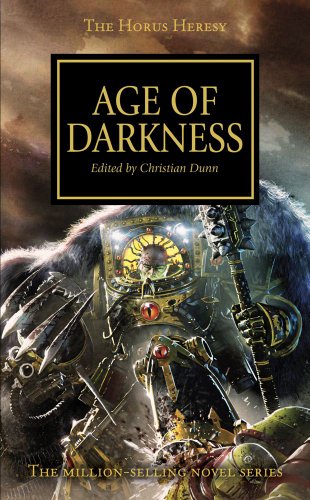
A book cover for The Age of Darkness (Horus Heresy); Science Fiction & Fantasy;